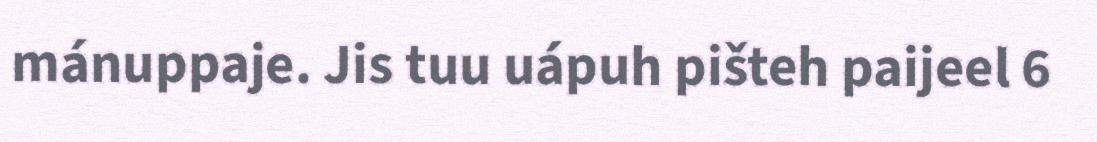
mánuppaje. Jis tuu uápuh pišteh paijeel 6